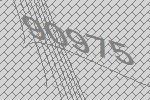
90975